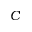
C